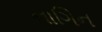
નાગિન